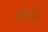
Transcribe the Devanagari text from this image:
व्येली